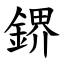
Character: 鎅